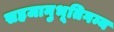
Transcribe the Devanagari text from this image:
सहजानुभूतिगम्य